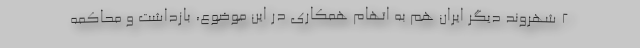
2 شهروند دیگر ایران هم به اتهام همکاری در این موضوع، بازداشت و محاکمه